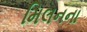
મિલનના